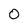
Character: 0